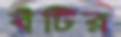
বঁটির